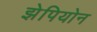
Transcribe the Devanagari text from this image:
झेपियोन